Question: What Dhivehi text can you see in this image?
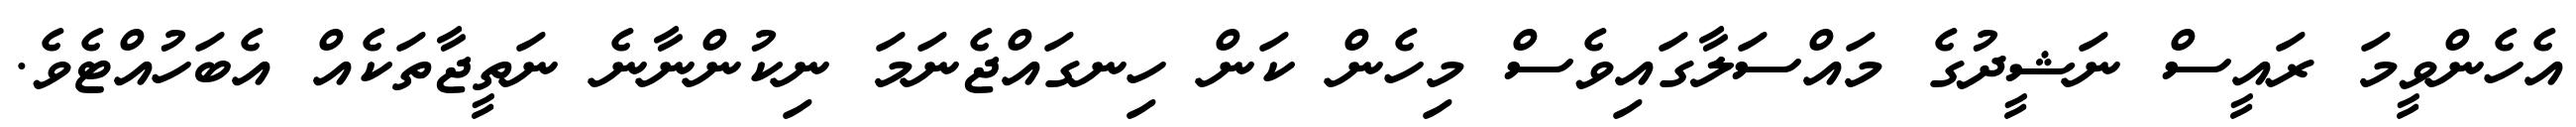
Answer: އެހެންވީމަ ރައީސް ނަޝީދުގެ މައްސަލާގައިވެސް މިހެން ކަން ހިނގައްޖެނަމަ ނިކުންނާނެ ނަތީޖާތަކެއް އެބަހުއްޓެވެ.